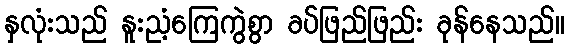
နှလုံးသည် နူးညံ့ကြေကွဲစွာ ခပ်ဖြည်ဖြည်း ခုန်နေသည်။